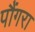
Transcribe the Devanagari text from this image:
पौंगरा